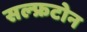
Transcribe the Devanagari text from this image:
सल्फ्रटोन